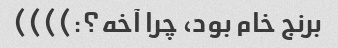
برنج خام بود، چرا آخه؟:))))